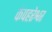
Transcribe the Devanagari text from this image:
कंपहरेश्वर